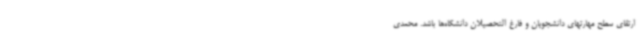
ارتقای سطح مهارتهای دانشجویان و فارغ التحصیلان دانشگاه‌ها باشد. محمدی